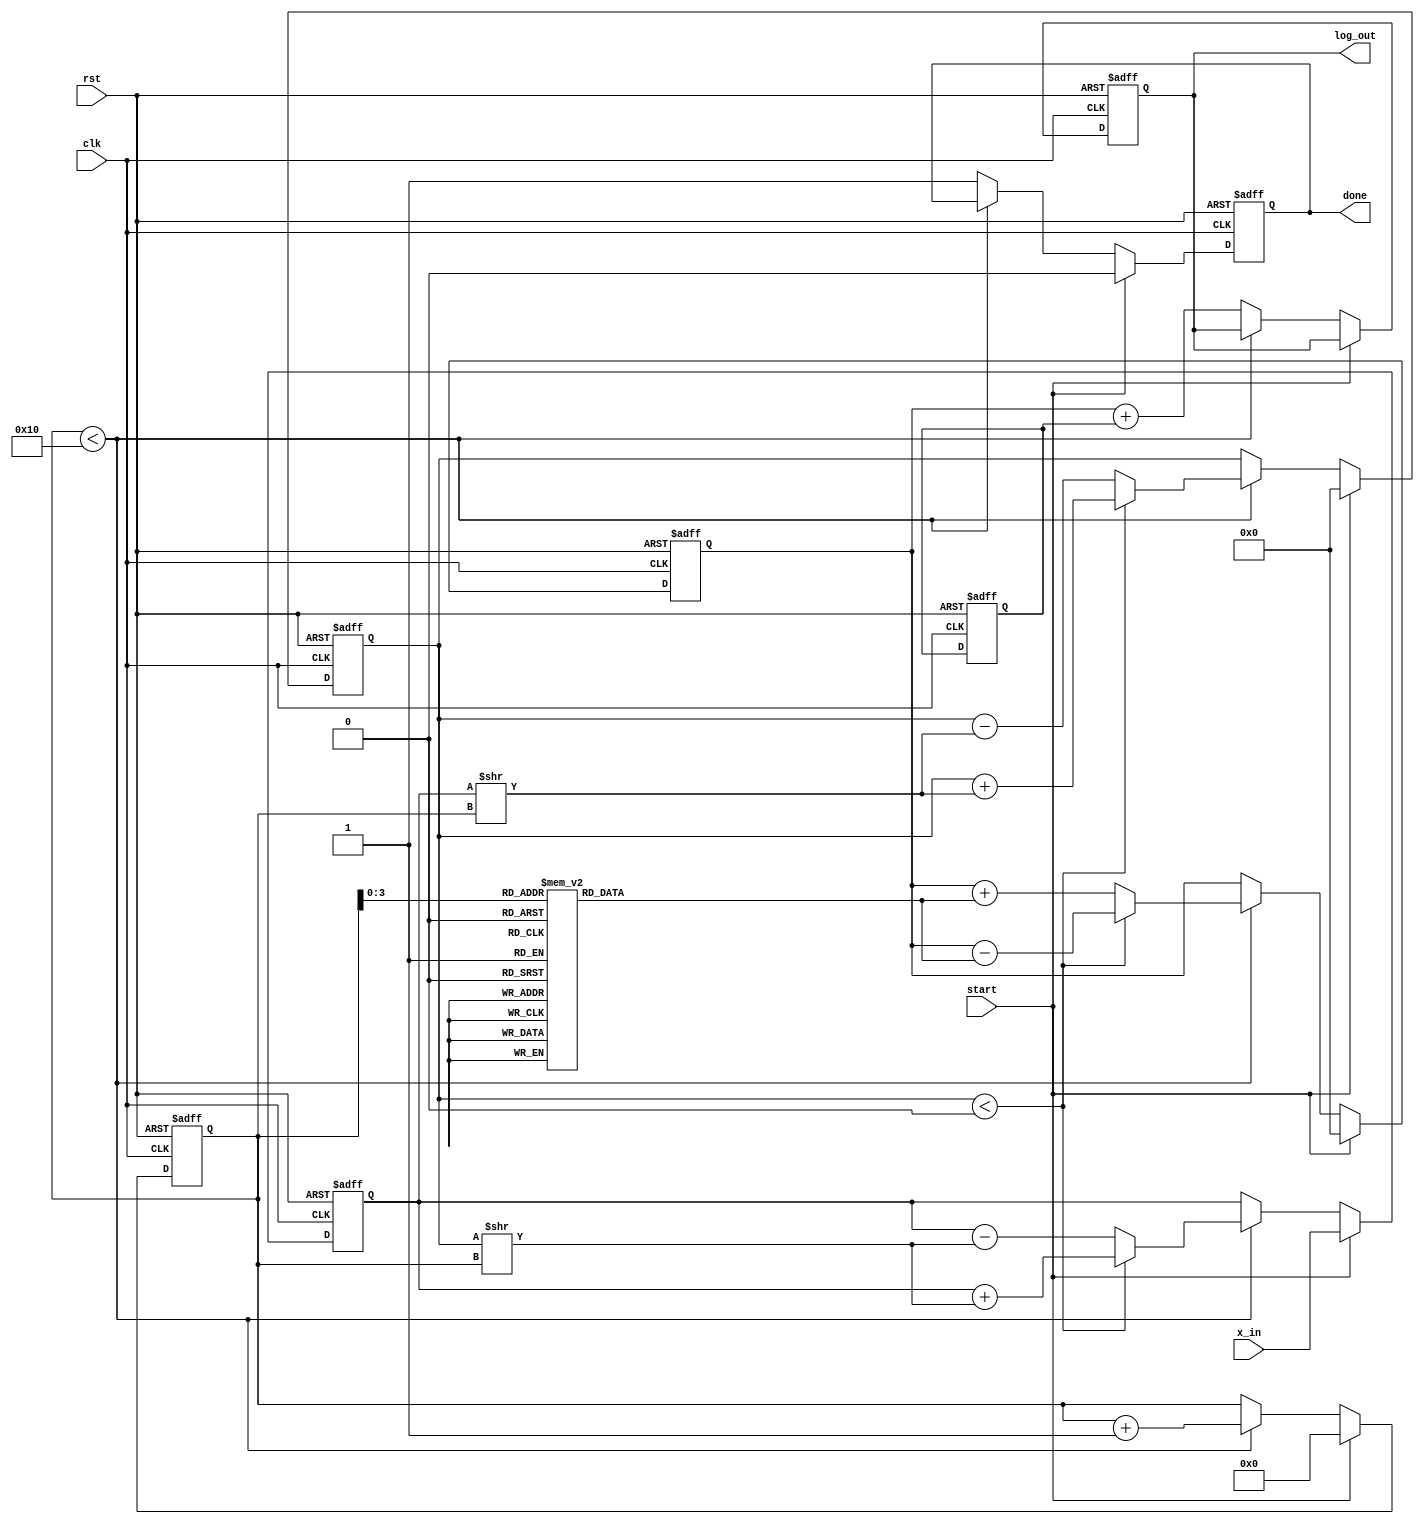
module cordic_logarithm (
    input wire clk,
    input wire rst,
    input wire start,
    input wire [31:0] x_in, // Input: Positive floating-point number
    output reg [31:0] log_out, // Output: Computed logarithm
    output reg done // Status signal: Computation complete
);

    // Parameters
    parameter NUM_ITERATIONS = 16; // Number of CORDIC iterations
    parameter CORDIC_GAIN = 32'hB17217F7; // Approximation of 1/sqrt(2) for scaling

    // Internal signals
    reg [31:0] x; // Current x value
    reg [31:0] y; // Current y value
    reg [31:0] z; // Current angle
    reg [4:0] iteration; // Iteration counter
    reg [31:0] atan_table [0:NUM_ITERATIONS-1]; // Lookup table for arctangent values
    reg [31:0] scaling_factor; // Scaling factor for output

    // Initialize arctangent values (in fixed-point representation)
    initial begin
        atan_table[0] = 32'h00000000; // atan(0)
        atan_table[1] = 32'h3243F6A9; // atan(1/2^1)
        atan_table[2] = 32'h1DAC6700; // atan(1/2^2)
        atan_table[3] = 32'h1C71C71C; // atan(1/2^3)
        // ... Fill in the rest of the atan_table values
        atan_table[NUM_ITERATIONS-1] = 32'h00000000; // Last value
    end

    // State machine for CORDIC computation
    always @(posedge clk or posedge rst) begin
        if (rst) begin
            x <= 0;
            y <= 0;
            z <= 0;
            iteration <= 0;
            log_out <= 0;
            done <= 0;
            scaling_factor <= CORDIC_GAIN; // Initialize scaling factor
        end else if (start) begin
            // Initialize input values
            x <= x_in; // Input value
            y <= 0; // Start with y = 0
            z <= 0; // Start angle
            iteration <= 0;
            done <= 0;
        end else if (iteration < NUM_ITERATIONS) begin
            // CORDIC iteration logic
            if (y < 0) begin
                // Counter-clockwise rotation
                x <= x + (y >> iteration);
                y <= y + (x >> iteration);
                z <= z - atan_table[iteration];
            end else begin
                // Clockwise rotation
                x <= x - (y >> iteration);
                y <= y - (x >> iteration);
                z <= z + atan_table[iteration];
            end
            iteration <= iteration + 1;
        end else begin
            // Final output calculation
            log_out <= z + scaling_factor; // Adjust output with scaling factor
            done <= 1; // Indicate completion
        end
    end

endmodule